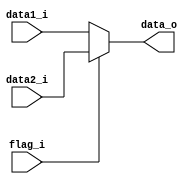
module MUX32
(
	flag_i,
	data1_i,
	data2_i,
	data_o
);

input [31:0] data1_i,data2_i;
input flag_i;
output [31:0] data_o;

reg [31:0] r;

assign data_o=r;

always@(data1_i or data2_i or flag_i)begin
	case(flag_i)
		1:r <= data2_i;
		default:r <= data1_i;
	endcase
end

endmodule